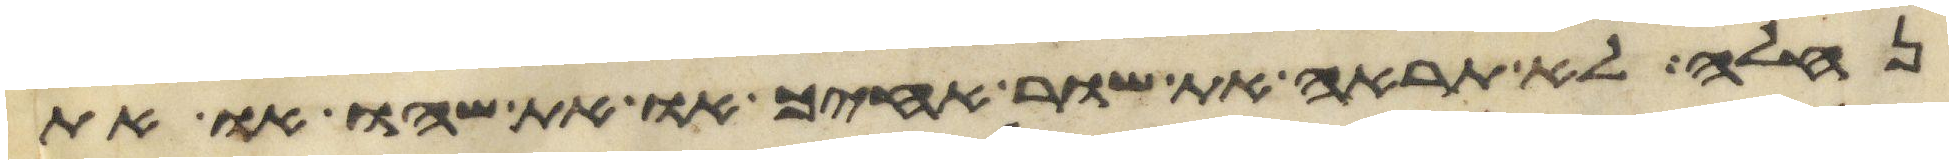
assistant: נחלה לא תראה את שור אחיך או את שהו או את